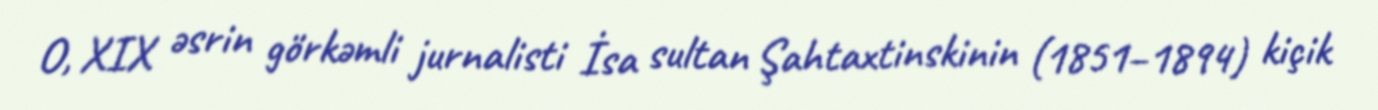
O, XIX əsrin görkəmli jurnalisti İsa sultan Şahtaxtinskinin (1851–1894) kiçik